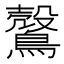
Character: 𪅏